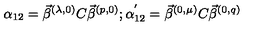
\alpha _ { 1 2 } = \vec { \beta } ^ { ( \lambda , 0 ) } C \vec { \beta } ^ { ( p , 0 ) } ; \alpha _ { 1 2 } ^ { ' } = \vec { \beta } ^ { ( 0 , \mu ) } C \vec { \beta } ^ { ( 0 , q ) }